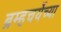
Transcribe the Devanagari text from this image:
ब्रम्हचर्येच्या